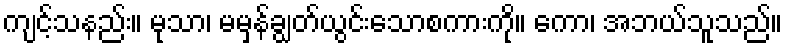
ကျင့်သနည်း။ မုသာ၊ မမှန်ချွတ်ယွင်းသောစကားကို။ ကော၊ အဘယ်သူသည်။